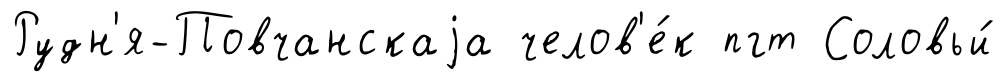
Рудн'я-Повчанскаjа челов'е́к пгт Соловьи́